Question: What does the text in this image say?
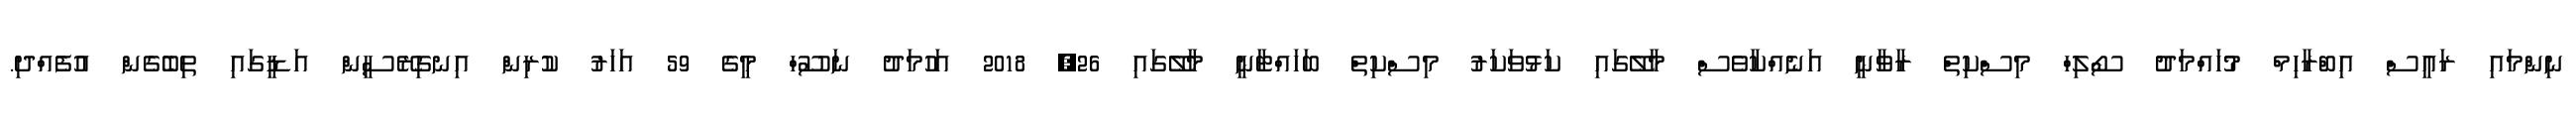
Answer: ނިންމައި ރައީސް އިބްރާހިމް މުހައްމަދު ސޯލިހް މިސްކިތް ރާވާނީ އަނެއްކާވެސް މާލޭގައި ކަޅުވަކަރު މިސްކިތް ބަހައްޓާނީ މާލޭގައި 26, 2018 އަހުމަދު ނަސޫހް މީގެ 59 އަހަރު ކުރިން އިނގިރޭސީން އަޑީގައި ތިބެގެން އުފެއްދި.